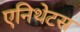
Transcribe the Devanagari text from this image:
एनिथेटस